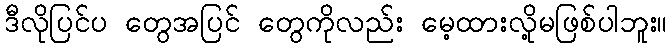
ဒီလိုပြင်ပ တွေအပြင် တွေကိုလည်း မေ့ထားလို့မဖြစ်ပါဘူး။